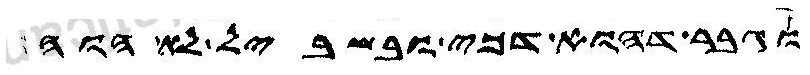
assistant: וגבר דהוא דכי ובשביל לא הוה